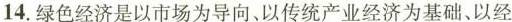
14.绿色经济是以市场为导向、以传统产业经济为基础、以经